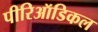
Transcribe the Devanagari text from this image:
पीरिऑडिकल